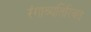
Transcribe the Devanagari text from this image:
रंगाव्यतिरिक्त